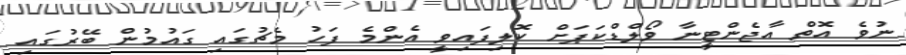
ނުވެ އޮތް އާޖެންޓީނާ ވޯލްޑްކަޕަށް ކޮލިފައިވީ އެންމެ ފަހު މެޗުގައި ގައުމުން ބޭރުގައި